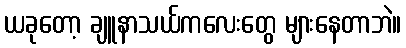
ယခုတော့ ချူနာသယ်ကလေးတွေ များနေတာဘဲ။